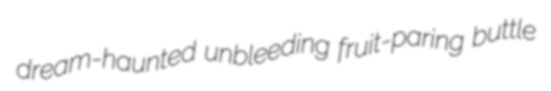
dream-haunted unbleeding fruit-paring buttle